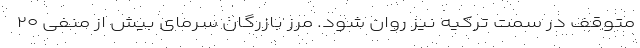
متوقف در سمت ترکیه نیز روان شود. مرز بازرگان سرمای بیش از منفی ۲۰